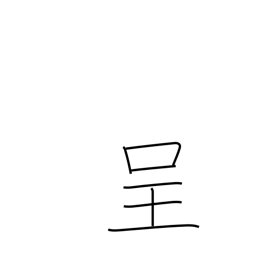
Meaning: present